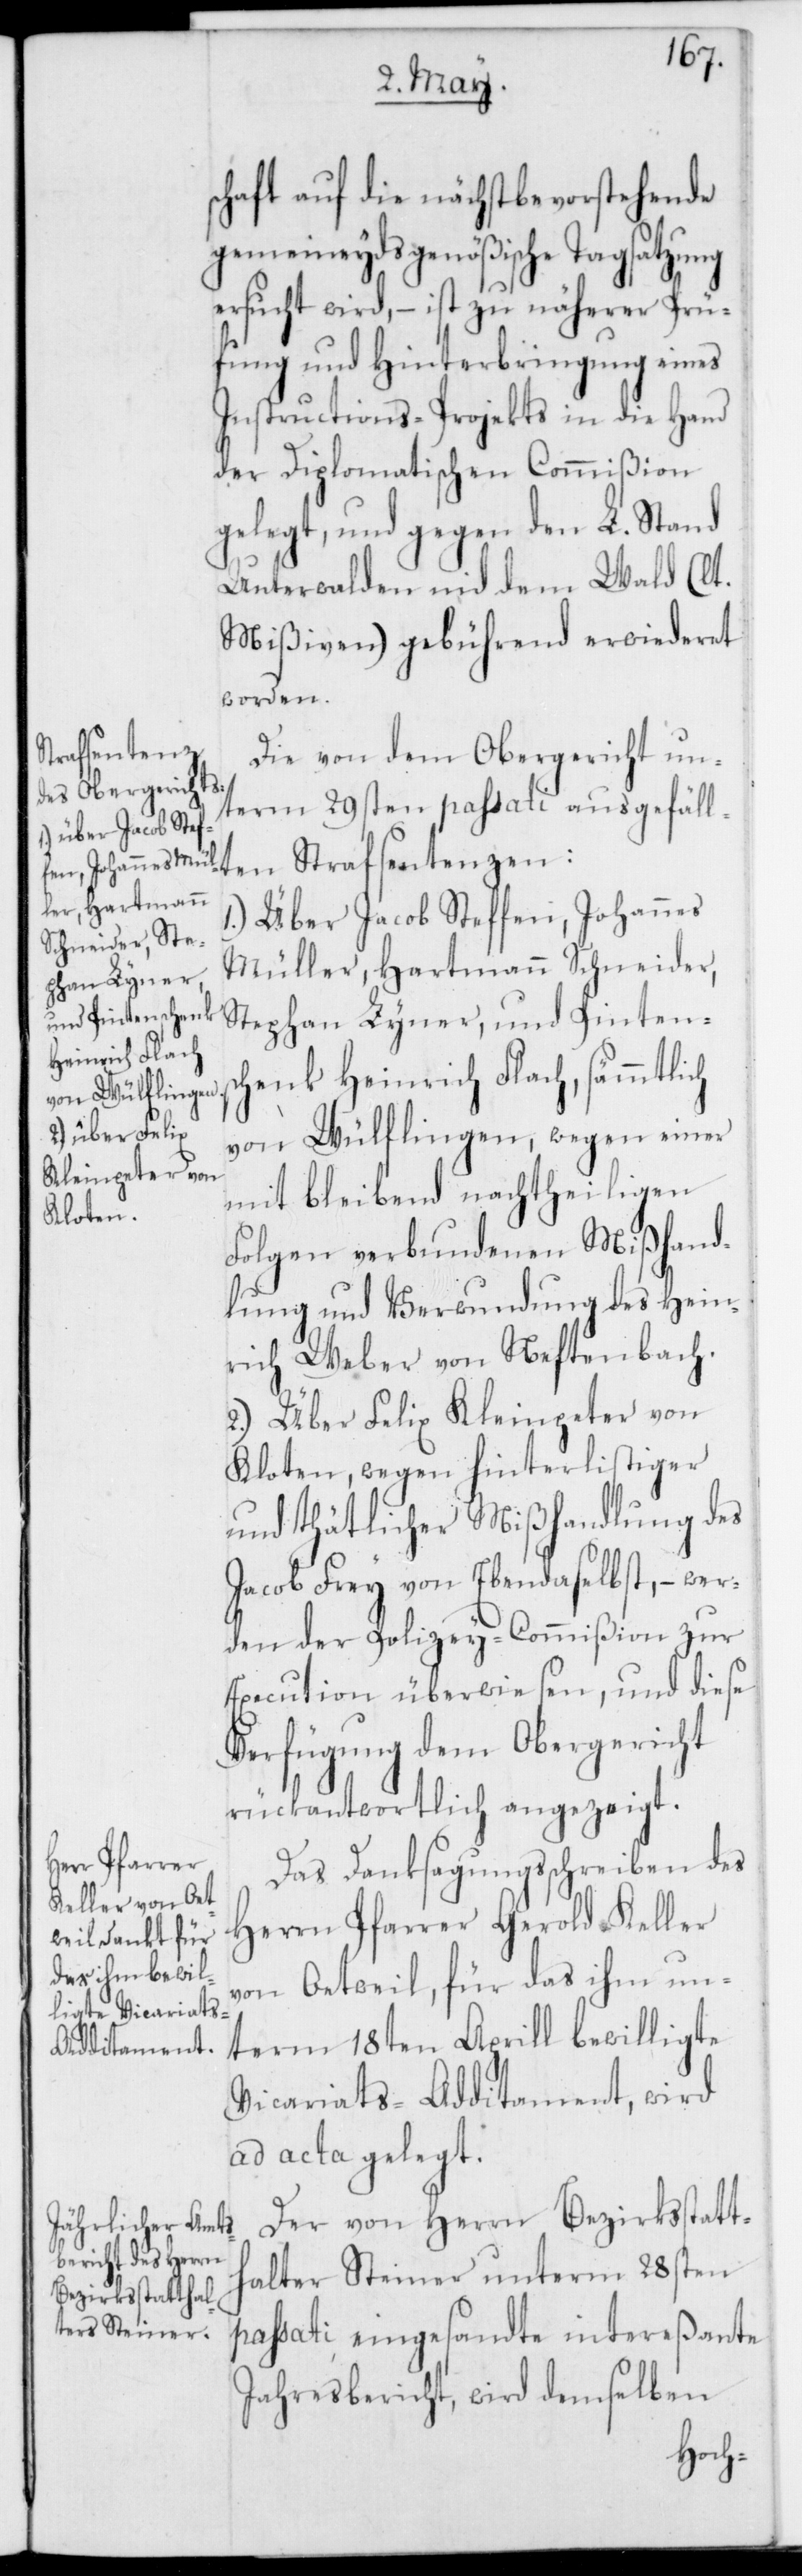
schaft auf die nächst bevorstehende
gemeineydsgenößische Tagsatzung
ersucht wird, – ist zu näherer Prü¬
fung und Hinterbringung eines
Instructions-Projects in die Hand
der Diplomatischen Commißion
gelegt, und gegen den L. Stand
Unterwalden nid dem Wald (laut
Mißiven) gebührend erwideret
worden.
Strafsentenzen:
Die von dem Obergericht un¬
term 29sten passati ausgefäl¬
1.) Über Jacob Steffen, Johannes
Müller, Hartmann Schneider,
Stephan Lyner und Pintens¬
chenk Heinrich Flach, sämmtlich
von Wülflingen, wegen einer
mit bleibend nachtheiligen
lten
Folgen verbundenen Mißhand¬
lung und Verwundung des Hein¬
rich Weber von Neftenbach.
2.) Über Felix Kleinpeter von
Kloten, wegen hinterlistiger
und thätlicher Mißhandlung des
Jacob Frey von Ebendaselbst, – wer¬
den der Polizey-Commißion zur
Execution überwiesen, und diese
Verfügung dem Obergericht
rückantwortlich angezeigt.
Das Danksagungsschreiben des
Herrn Pfarrer Gerold Keller
von Oetweil, für das ihm un¬
term 18ten Aprill bewilligte
Vicariats-Additament, wird
ad acta gelegt.
Der von Herrn Bezirksstatt¬
halter Steiner unterm 28sten
passati eingesandte intereßante
Jahresbericht, wird demselben